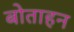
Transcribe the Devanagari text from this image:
बोताहन